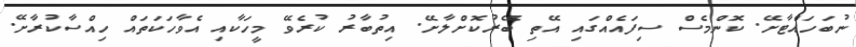
ނުބަހައްޓާށޭ. ކޮންމެސް ސިފައެއްގައި އޭތި ބޭރުކޮށްލާށޭ. އިތުބާރު ކުރެވޭ މީހަކާއި އެވާހަކަތައް ހިއްސާކުރާށޭ.